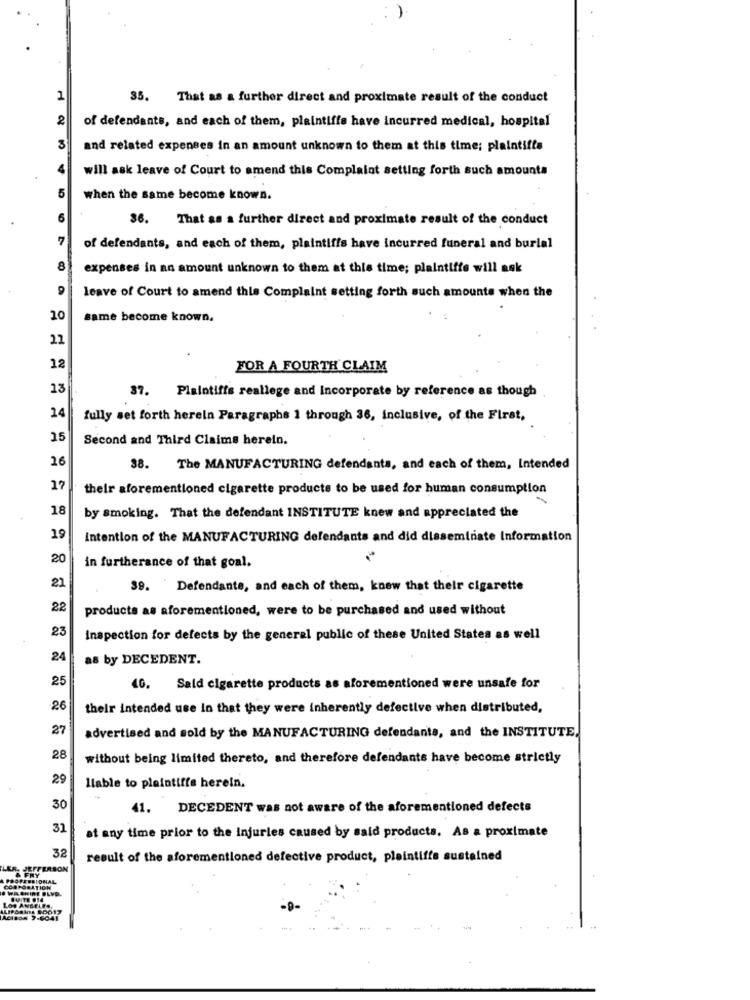
35. That as a further direct and proximate result of the conduct
2
of defendants, and each of them, plaintiffs have incurred medical, hospital
and related expenses in an amount unknown to them at this time: plaintiffs
will ask leave of Court to amend this Complaint setting forth such amounta
5
when the same become known.
36. That as a further direct and proximate result of the conduct
of defendants, and each of them, plaintiffs have incurred funeral and burial
8
expenses in an amount unknown to them at this time; plaintiffs will ask
9
leave of Court to amend thie Complaint setting forth such amounts when the
10
same become known.
22
12
FOR A FOURTH CLAIM
13
37. Plaintiffs reallege and Incorporate by reference as though
14
fully set forth herein Paragraphs 1 through 36, inclusive, of the First,
15
Second and Third Claims herein.
26
38. The MANUFACTURING defendants, and each of them, Intended
17
their aforementioned cigarette products to be used for human consumption
18
by smoking. That the defendant INSTITUTE knew and appreciated the
19
Intention of the MANUFACTURING defendants and did disseminate Information
20
in furtherance of that goal.
21
39. " Defendants, and each of them, knew that their cigarette
22
products as aforementioned, were to be purchased and used without
23
Inspection for defects by the general public of these United States as well
24
as by DECEDENT.
25
40. Sald cigarette products as aforementioned were unsafe for
-26
their intended use in that they were inherently defective when distributed,
27
advertised and sold by the MANUFACTURING defendants, and the INSTITUTE,
28
without being limited thereto, and therefore defendants have become strictly
29
Ilable to plaintiffs herein.
30
41. DECEDENT was not aware of the aforementioned defects
31
at any time prior to the Injuries caused by said products. As a proximate
32
result of the aforementioned defective product, plaintiffs sustained
LER, JEFFERSON
& FRY
PROFESSIONAL
. WEHIRE BLVD.
CORPORATION
LOS ANGELES,
-9-
ACIBON 7-6041